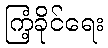
ကြံ့ခိုင်ရေး